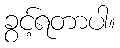
ခွင့်ရတာပါ။